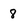
Character: 8